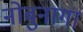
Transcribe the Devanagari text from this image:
नोबुनागा